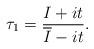
LaTeX: \begin{align*} \tau_1 = \frac{I+it}{\overline{I}-it}.\end{align*}